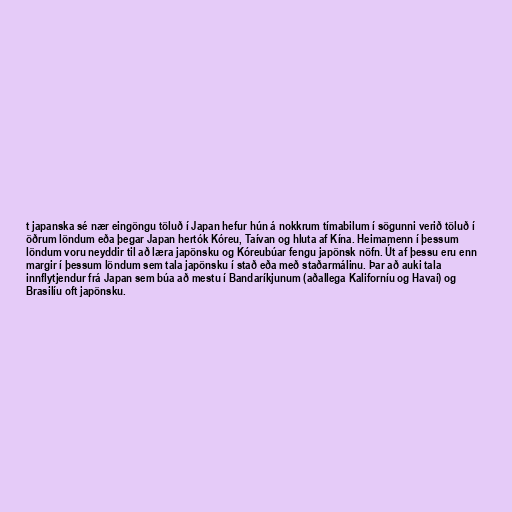
t japanska sé nær eingöngu töluð í Japan hefur hún á nokkrum tímabilum í sögunni verið töluð í
öðrum löndum eða þegar Japan hertók Kóreu, Taívan og hluta af Kína. Heimamenn í þessum
löndum voru neyddir til að læra japönsku og Kóreubúar fengu japönsk nöfn. Út af þessu eru enn
margir í þessum löndum sem tala japönsku í stað eða með staðarmálinu. Þar að auki tala
innflytjendur frá Japan sem búa að mestu í Bandaríkjunum (aðallega Kaliforníu og Havaí) og
Brasilíu oft japönsku.